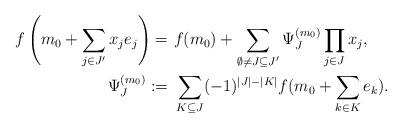
LaTeX: \begin{align*}f \left( m_0 + \sum_{j \in J'} x_j e_j \right) = &\ f(m_0) +\sum_{\emptyset \neq J \subseteq J'} \Psi_J^{(m_0)} \prod_{j \in J}x_j,\\ \Psi_J^{(m_0)} := &\ \sum_{K \subseteq J} (-1)^{|J|-|K|}f(m_0 + \sum_{k \in K} e_k).\end{align*}